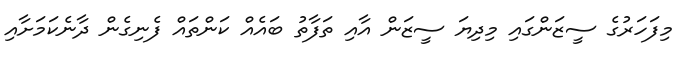
މިފަހަރުގެ ސީޒަންގައި މިދިޔަ ސީޒަން އާއި ތަފާތު ބައެއް ކަންތައް ފެނިގެން ދާނެކަމަށާއި